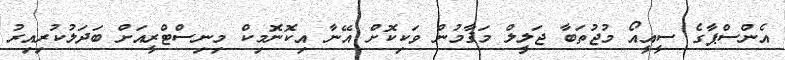
އެންސްޕާގެ ސީއީއޯ މުޖުތަބާ ޖަލީލް މަޤާމުން ވަކިކޮށް އޭނާ އިކޮނޮމިކް މިނިސްޓްރީއަށް ބަދަލުކުރިއިރު